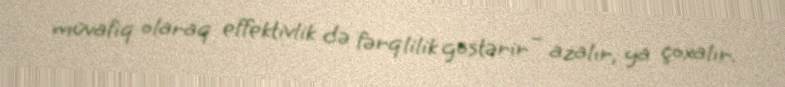
müvafiq olaraq effektivlik də fərqlilik göstərir – azalır, ya çoxalır.